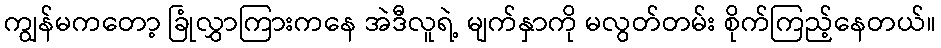
ကျွန်မကတော့ ခြုံလွှာကြားကနေ အဲဒီလူရဲ့ မျက်နှာကို မလွတ်တမ်း စိုက်ကြည့်နေတယ်။